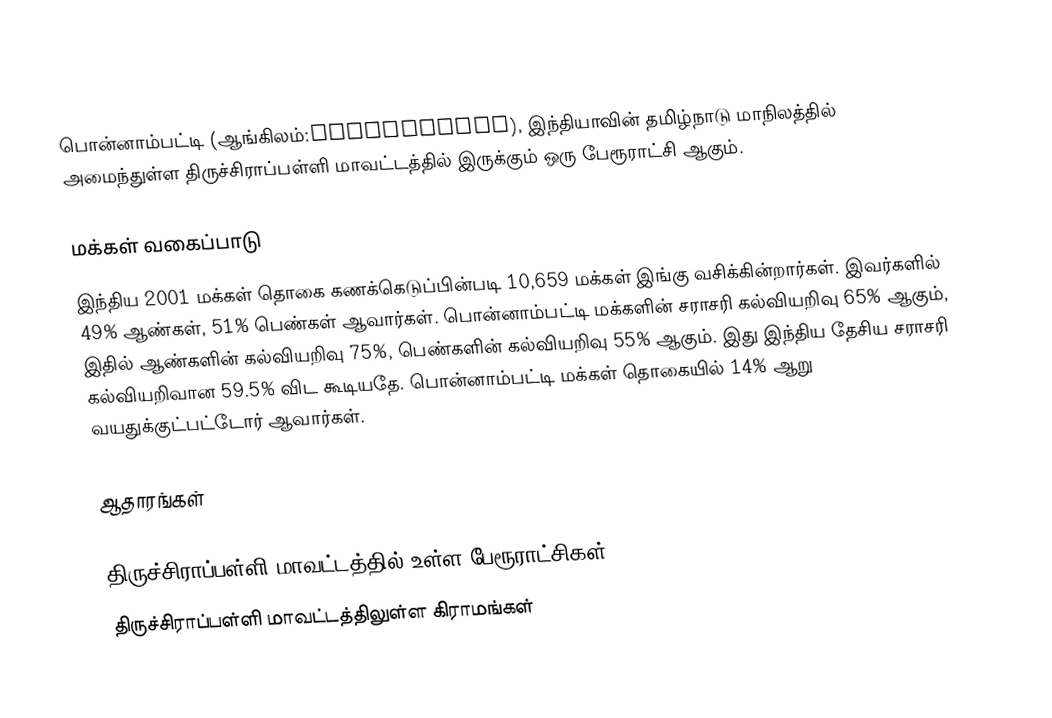
பொன்னாம்பட்டி (ஆங்கிலம்:Ponnampatti), இந்தியாவின் தமிழ்நாடு மாநிலத்தில் அமைந்துள்ள திருச்சிராப்பள்ளி மாவட்டத்தில் இருக்கும் ஒரு பேரூராட்சி ஆகும்.

மக்கள் வகைப்பாடு
இந்திய 2001 மக்கள் தொகை கணக்கெடுப்பின்படி 10,659 மக்கள் இங்கு வசிக்கின்றார்கள். இவர்களில் 49% ஆண்கள், 51% பெண்கள் ஆவார்கள். பொன்னாம்பட்டி மக்களின் சராசரி கல்வியறிவு 65% ஆகும்,  இதில் ஆண்களின் கல்வியறிவு 75%,  பெண்களின் கல்வியறிவு 55% ஆகும். இது இந்திய தேசிய சராசரி கல்வியறிவான 59.5% விட கூடியதே. பொன்னாம்பட்டி மக்கள் தொகையில் 14%  ஆறு வயதுக்குட்பட்டோர் ஆவார்கள்.

ஆதாரங்கள்

திருச்சிராப்பள்ளி மாவட்டத்தில் உள்ள பேரூராட்சிகள்
திருச்சிராப்பள்ளி மாவட்டத்திலுள்ள கிராமங்கள்